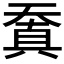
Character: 𠔬